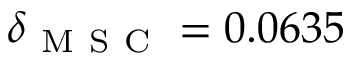
\delta _ { \mathrm { ~ M ~ S ~ C ~ } } = 0 . 0 6 3 5